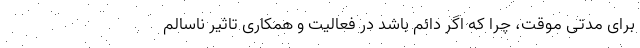
برای مدتی موقت، چرا که اگر دائم باشد در فعالیت و همکاری تاثیر ناسالم